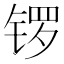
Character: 锣